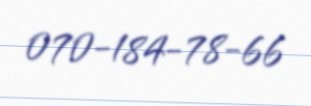
070-184-78-66